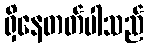
ရှိနေတတ်ပါသည်